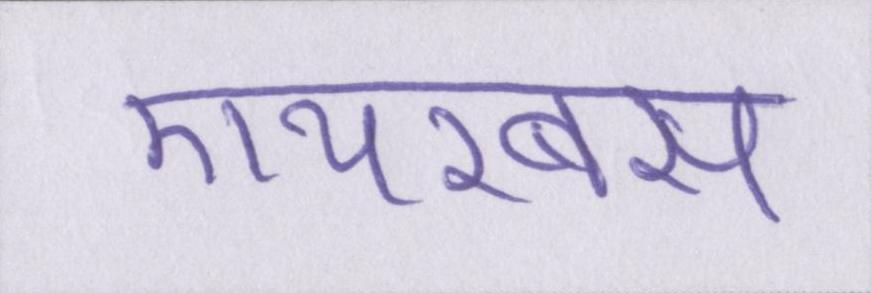
एयरबस